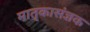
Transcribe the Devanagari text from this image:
मातृकासंज्ञक